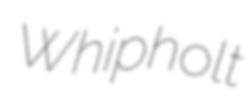
Whipholt